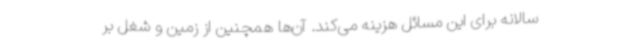
سالانه برای این مسائل هزینه می‌کند. آن‌ها همچنین از زمین و شغل بر